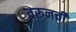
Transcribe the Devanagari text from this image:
वरूनची